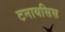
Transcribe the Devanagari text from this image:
टनायसिस